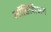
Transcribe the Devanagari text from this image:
लॉडिशिअन